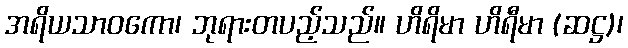
အရိယသာဝကော၊ ဘုရားတပည့်သည်။ ဟိရိမာ ဟိရီမာ (ဆဋ္ဌ)၊